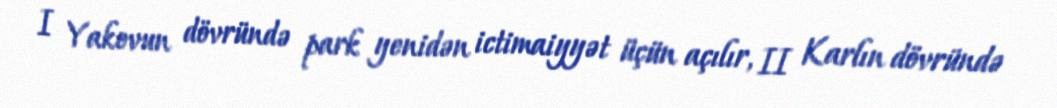
I Yakovun dövründə park yenidən ictimaiyyət üçün açılır, II Karlın dövründə